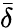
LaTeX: \bar{\delta}